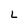
Character: L